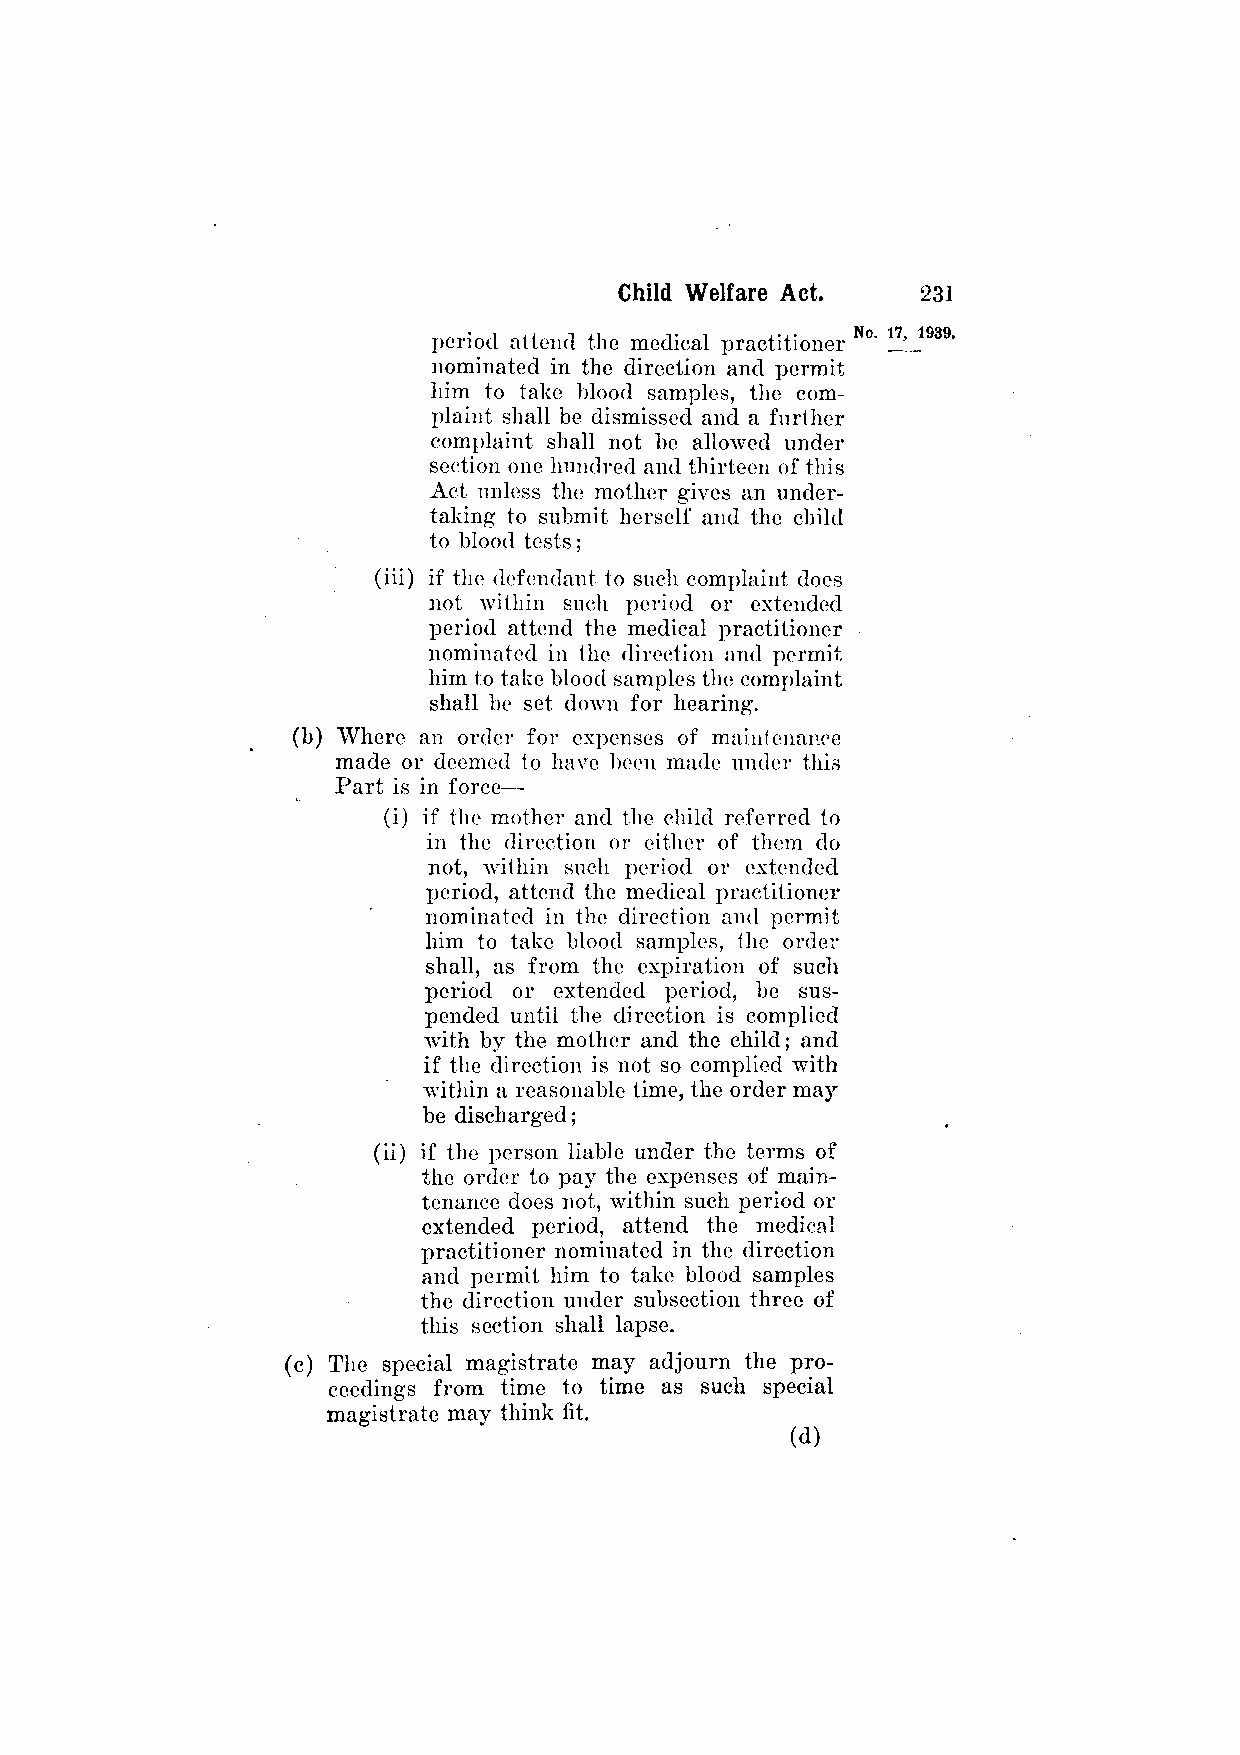
period attend the medical practitioner
 nominated in the direction and permit
 him to take blood samples, the com­
 plaint shall be dismissed and a further
 complaint shall not be allowed under
 section one hundred and thirteen of this
 Act unless the mother gives an under­
 taking to submit herself and the child
 to blood tests;
 (iii) if the defendant to such complaint does
 not within such period or extended
 period attend the medical practitioner
 nominated in the direction and permit
 him to take blood samples the complaint
 shall be set down for hearing.
 (b) Where an order for expenses of maintenance
 made or deemed to have been made under this
 Part is in force—
 (i) if the mother and the child referred to
 in the direction or either of them do
 not, within such period or extended
 period, attend the medical practitioner
 nominated in the direction and permit
 him to take blood samples, the order
 shall, as from the expiration of such
 period or extended period, be sus­
 pended until the direction is complied
 with by the mother and the child; and
 if the direction is not so complied with
 within a reasonable time, the order may
 be discharged;
 (ii) if the person liable under the terms of
 the order to pay the expenses of main­
 tenance does not, within such period or
 extended period, attend the medical
 practitioner nominated in the direction
 and permit him to take blood samples
 the direction under subsection three of
 this section shall lapse.
 (c) The special magistrate may adjourn the pro­
 ceedings from time to time as such special
 magistrate may think fit.
 (d)